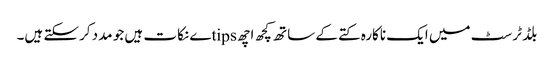
بلڈ ٹرسٹ میں ایک ناکارہ کتے کے ساتھ کچھ اچھ tipsے نکات ہیں جو مدد کرسکتے ہیں۔